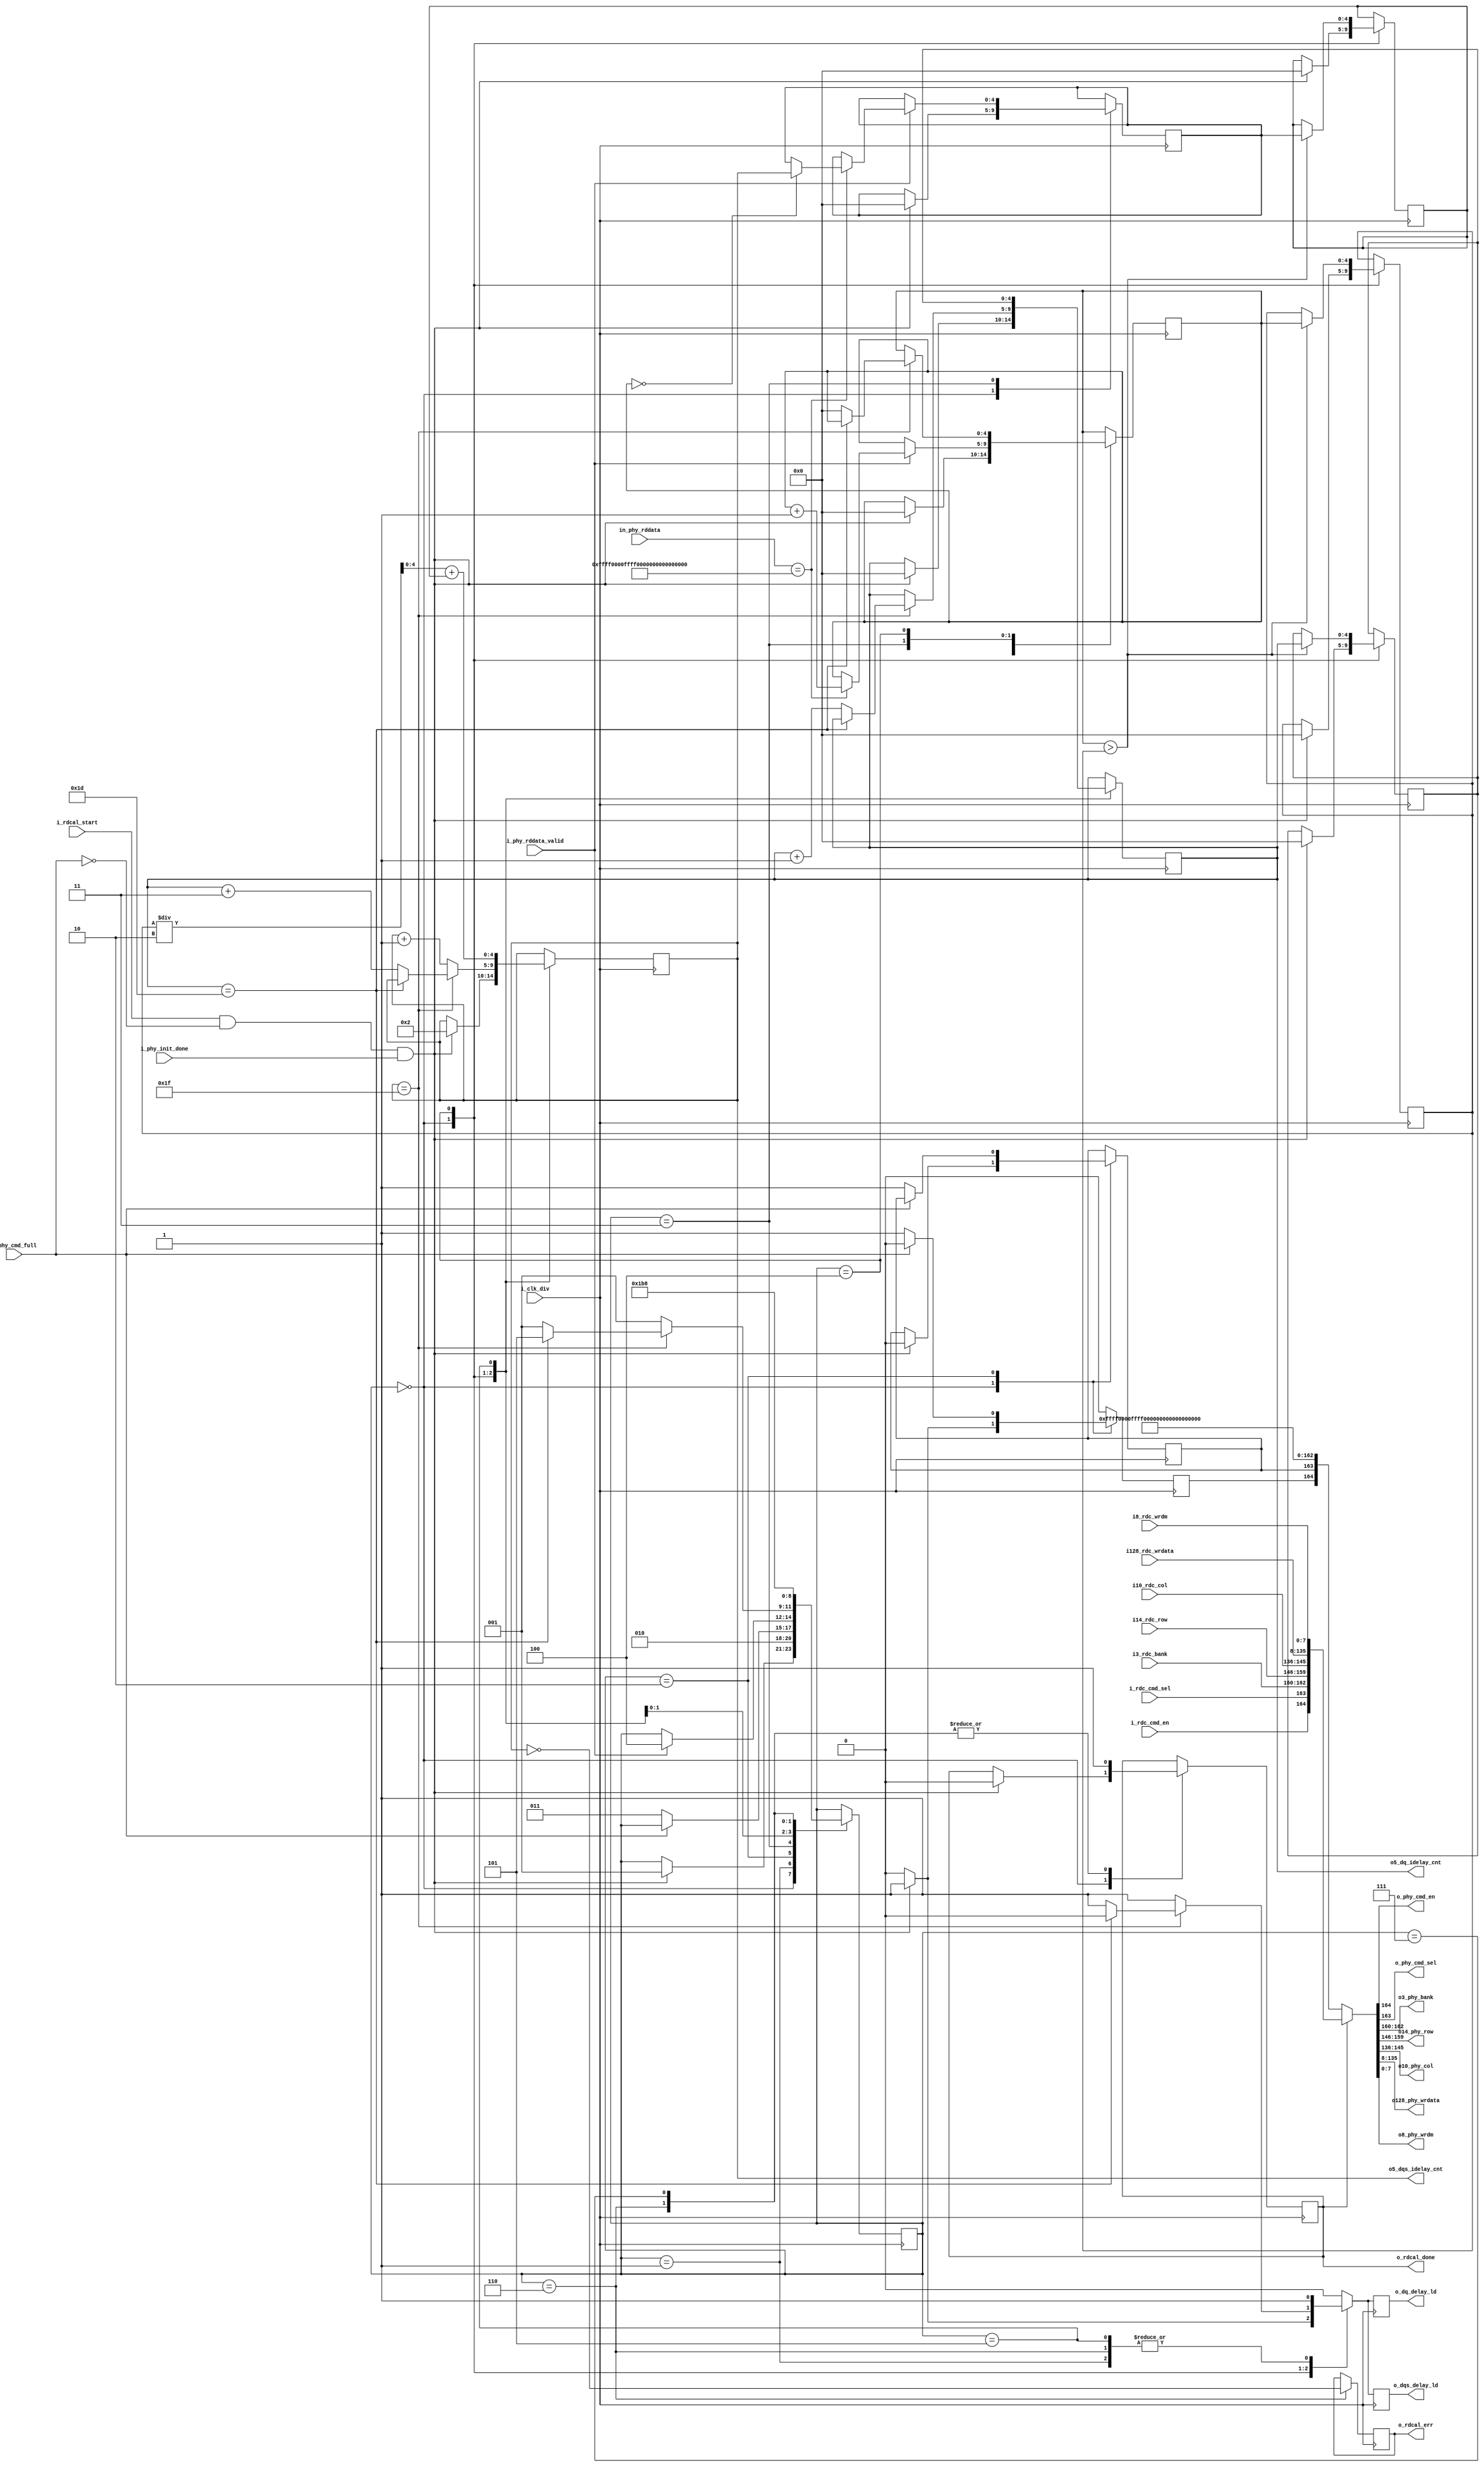
`timescale 1ns / 1ps
/** To use the RDCAL module:
  *		- set p_IDELAY_INIT_DQ and p_IDELAY_INIT_DQS to '0'
  *		- set p_IDELAY_TYPE to "VAR_LOAD"
  *	TODO: Complete description
  */
module ddr3_rdcal #(
	parameter	p_RDCAL_BANK	= 3'b0,
	parameter	p_RDCAL_ROW		= 14'b0,
	parameter	p_RDCAL_COL		= 10'b0,
	
	parameter	p_RDCAL_WORD	= 128'h0000_ffff_0000_ffff_0000_ffff_0000_ffff
)(
	input	i_clk_div,
	input	i_rdcal_start,
	
	output	o_rdcal_done,
	output	o_rdcal_err,
	
	output	o_dqs_delay_ld,
	output	o_dq_delay_ld,
	
	output	[4:0]	o5_dqs_idelay_cnt,
	output	[4:0]	o5_dq_idelay_cnt,
	
	input	i_phy_init_done,
	input	i_phy_rddata_valid,
	input	[127:0]	in_phy_rddata,
	

	input	i_phy_cmd_full,

	input	i_rdc_cmd_en,
	input	i_rdc_cmd_sel,
	input	[2:0]	i3_rdc_bank,
	input	[13:0]	i14_rdc_row,
	input	[9:0]	i10_rdc_col,
	input	[127:0]	i128_rdc_wrdata,
	input	[7:0]	i8_rdc_wrdm,
	
	output	o_phy_cmd_en,
	output	o_phy_cmd_sel,
	output	[2:0]	o3_phy_bank,
	output	[13:0]	o14_phy_row,
	output	[9:0]	o10_phy_col,
	output	[127:0]	o128_phy_wrdata,
	output	[7:0]	o8_phy_wrdm
);

reg	r_phy_cmd_en;
reg	r_phy_cmd_sel;

reg	[2:0]	r3_calib_state	= 3'b0;

wire	[2:0]	w3_cal_bank	= p_RDCAL_BANK;
wire	[13:0]	w14_cal_row	= p_RDCAL_ROW;
wire	[9:0]	w10_cal_col	= p_RDCAL_COL;

wire	[127:0]	w128_cal_wrdata	= p_RDCAL_WORD;
wire	[7:0]	w8_cal_wrdm	= 8'b0;

reg	[4:0]	r5_dqs_delay_cnt, r5_dq_delay_cnt;
reg	r_dqs_delay_ld, r_dq_delay_ld;

reg	[4:0]	r5_calib_width_best,	// largest number of successful read attempts per DQ tap (as a function of DQS taps)
		r5_calib_width,	// number of successful read attempts per DQ tap (as a function of DQS taps) for the currently tested DQ tap value
		r5_calib_dq_best,	// DQ tap value corresponding to the widest range of workable DQS tap settings (denoted by r5_calib_width_best)
		r5_calib_dqs_min,	// minimum workable value of DQS tap setting for the currently tested DQ tap value
		r5_calib_dqs_min_best;
reg	r_rd_cal_done;
reg	r_rd_cal_err;

always @(posedge i_clk_div) begin: rd_calibration
	r_dqs_delay_ld <= 1'b0;
	r_dq_delay_ld <= 1'b0;
	
	r_phy_cmd_en <= 1'b0;

	case (r3_calib_state)
	'd0: begin	// init IDELAY, write calibration word to DRAM
		if (i_rdcal_start && !i_phy_cmd_full && i_phy_init_done) begin

			r_phy_cmd_en <= 1'b1;	//	 write calibration word to SDRAM
			r_phy_cmd_sel <= 1'b0;
			
			// Reset tap and counter values
			r_rd_cal_done <= 1'b0;
			
			r5_calib_width_best <= 5'b0;
			r5_calib_width <= 5'b0;
			r5_calib_dq_best <= 5'b0;
			r5_calib_dqs_min <= 5'b0;
			r5_calib_dqs_min_best <= 5'b0;
			
			r5_dqs_delay_cnt <= 5'd2;	// keep DQS tap value minimum 2 taps larger than DQ tap value
			r5_dq_delay_cnt <= 5'd0;
			r_dqs_delay_ld <= 1'b1;
			r_dq_delay_ld <= 1'b1;
			
			r3_calib_state <= 'd1;
		end
	end
	'd1: begin	// repeat IDELAY tick (IDELAY tap settings can be buggy)
		r_dqs_delay_ld <= 1'b1;
		r_dq_delay_ld <= 1'b1;
		r3_calib_state <= 'd2;
	end
	'd2: begin	// read calibration word from SDRAM
		if (!i_phy_cmd_full) begin
			r_phy_cmd_en <= 1'b1;
			r_phy_cmd_sel <= 1'b1;
			
			r3_calib_state <= 'd3;
		end
	end
	'd3: begin	// log whether current IDELAY tap counts are okay
		if (i_phy_rddata_valid) begin
			if (in_phy_rddata == p_RDCAL_WORD) begin
				r5_calib_width <= r5_calib_width + 1'b1; // if ok, increase current calib_width
				if (r5_calib_width == 5'd0)
					r5_calib_dqs_min <= r5_dqs_delay_cnt;	// remember first valid DQS tap count
			end
			r3_calib_state <= 'd4;
		end
	end
	'd4: begin	// save best attempt, decide next state (increment DQS, DQ, or finish calibration?)
		if (r5_calib_width > r5_calib_width_best) begin
			r5_calib_width_best <= r5_calib_width;
			r5_calib_dq_best <= r5_dq_delay_cnt;
			r5_calib_dqs_min_best <= r5_calib_dqs_min;
		end
		if (r5_dqs_delay_cnt == 'd31) begin
			if (r5_dq_delay_cnt == 'd29) begin	// tap testing complete
				r3_calib_state <= 'd5;
			end else begin	// increment DQ tap, reset DQS tap to DQ+2
				r5_dq_delay_cnt <= r5_dq_delay_cnt + 1;
				r5_dqs_delay_cnt <= r5_dq_delay_cnt + 3;
				r_dqs_delay_ld <= 1'b1;
				r_dq_delay_ld <= 1'b1;
				
				r5_calib_width <= 5'b0;
				r3_calib_state <= 'd1;
			end
		end else begin	// only increment DQS tap
			r5_dqs_delay_cnt <= r5_dqs_delay_cnt + 1;
			r_dqs_delay_ld <= 1'b1;
			r_dq_delay_ld <= 1'b1;
			r3_calib_state <= 'd1;
		end
	end
	'd5: begin	// set measured best tap values for DQ and DQS ISERDESE
		r5_dq_delay_cnt <= r5_calib_dq_best;	// recall best DQ value
		r5_dqs_delay_cnt <= (r5_calib_width_best/2) + r5_calib_dqs_min_best; // move data strobe into center of valid window
		r_dqs_delay_ld <= 1'b1;
		r_dq_delay_ld <= 1'b1;
		
		r3_calib_state <= 'd6;
	end
	'd6: begin	// raise cal_done flag, repeat IDELAY tick (IDELAY tap settings can be buggy)
		r_dqs_delay_ld <= 1'b1;
		r_dq_delay_ld <= 1'b1;

		r_rd_cal_err <= (r5_dqs_delay_cnt == 5'b0);

		r_rd_cal_done <= 1'b1;
		r3_calib_state <= 'd7;
	end
	'd7: begin	// extend rd_cal_done for 1 cycle (make it safer to disable rdcal)
		r_rd_cal_done <= 1'b1;
		r3_calib_state <= 'd0;
	end
	default ; // should not be reached
	endcase
end

assign o_dqs_delay_ld = r_dqs_delay_ld;
assign o_dq_delay_ld = r_dq_delay_ld;

assign o5_dqs_idelay_cnt = r5_dqs_delay_cnt;
assign o5_dq_idelay_cnt = r5_dq_delay_cnt;

assign {o_phy_cmd_en, o_phy_cmd_sel, o3_phy_bank, o14_phy_row, o10_phy_col, o128_phy_wrdata, o8_phy_wrdm} = (r_rd_cal_done)
	? {i_rdc_cmd_en, i_rdc_cmd_sel, i3_rdc_bank, i14_rdc_row, i10_rdc_col, i128_rdc_wrdata, i8_rdc_wrdm}
	: {r_phy_cmd_en, r_phy_cmd_sel, w3_cal_bank, w14_cal_row, w10_cal_col, w128_cal_wrdata, w8_cal_wrdm};

assign o_rdcal_done = r_rd_cal_done;
assign o_rdcal_err = r_rd_cal_err; 

endmodule